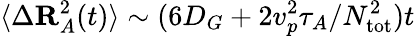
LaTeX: \langle\Delta\mathbf{R}_{A}^{2}(t)\rangle\sim(6D_{G}+2v_{p}^{2}\tau_{A}/N_{\mathrm{tot}}^{2})t